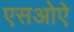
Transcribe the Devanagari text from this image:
एसओऐ